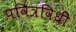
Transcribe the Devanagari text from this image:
पवित्रविधी